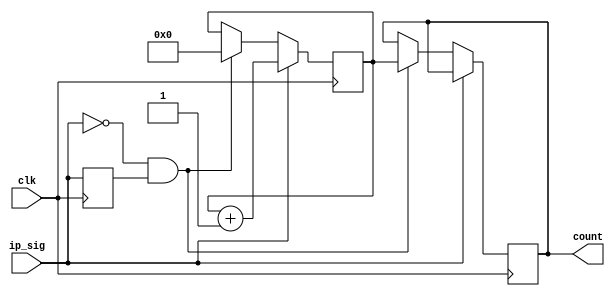
// SB : Task 1C Frequency Counter
/*
Instructions
-------------------
Students are not allowed to make any changes in the Module declaration.
This file is used to design 2:1 Multiplexer.

Recommended Quartus Version : 19.1
The submitted project file must be 19.1 compatible as the evaluation will be done on Quartus Prime Lite 19.1.

Warning: The error due to compatibility will not be entertained.
			Do not make any changes to Test_Bench_Vector.txt file. Violating will result into Disqualification.
-------------------
*/

//Freq Counter design
//Inputs	: clk & ip_sig (input signal)
//Output	: count (8 bits)

//////////////////DO NOT MAKE ANY CHANGES IN MODULE//////////////////
module freq_counter(
	input clk,
	input ip_sig,

	output reg [7:0] count = 0
);


////////////////////////WRITE YOUR CODE FROM HERE//////////////////// 

reg prev_ip = 0;
reg [7:0] c = 0;
always @(posedge clk) begin
	if (ip_sig) c <= c + 1;
	else if (~ip_sig & prev_ip) begin
		count <= c;
		c <= 0;
	end
	prev_ip <= ip_sig;
end	

////////////////////////YOUR CODE ENDS HERE//////////////////////////
endmodule
///////////////////////////////MODULE ENDS///////////////////////////